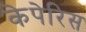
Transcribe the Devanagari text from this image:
केपेरिस